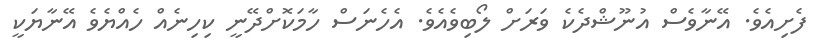
ފެށިއެވެ. އޭނާވެސް އުނޫޝްދެކެ ވަރަށް ލޯބިވެއެވެ. އެހެނަސް ހާމަކޮށްދޭނީ ކިހިނެއް ހެއްޔެވެ އޭނާޔަކީ